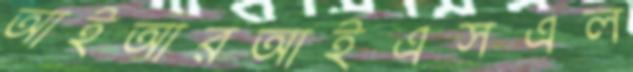
আইআরআইএসএল